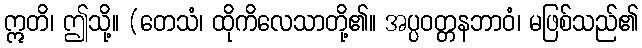
ဣတိ၊ ဤသို့။ (တေသံ၊ ထိုကိလေသာတို့၏။ အပ္ပဝတ္တနဘာဝံ၊ မဖြစ်သည်၏